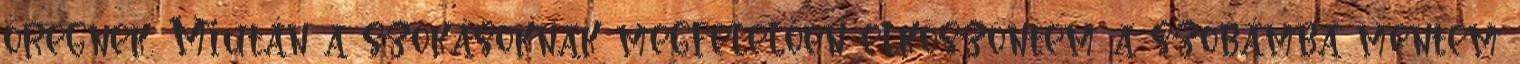
öregnek. Miután a szokásoknak megfelelően elköszöntem a szobámba mentem